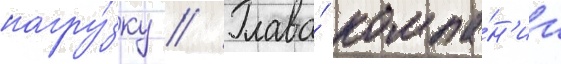
нагру́зку // Глава́ компа́н'ии